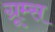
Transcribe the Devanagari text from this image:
ग्रूम्स